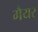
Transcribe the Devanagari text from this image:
गैयर